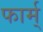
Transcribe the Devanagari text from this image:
फार्म्